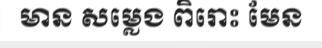
មាន សម្លេង ពិរោះ មែន